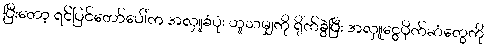
ပြီးတော့ ရင်ပြင်တော်ပေါ်က အလှူခံပုံး ဟူသမျှကို ရိုက်ခွဲပြီး အလှူငွေပိုက်ဆံတွေကို